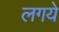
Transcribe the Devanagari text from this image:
लगये